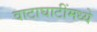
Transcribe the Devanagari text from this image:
वाटाघाटींमध्ये